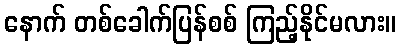
နောက် တစ်ခေါက်ပြန်စစ် ကြည့်နိုင်မလား။